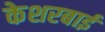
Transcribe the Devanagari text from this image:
केशरबाई